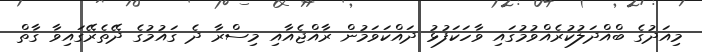
މިއަދުގެ ބްއްދަލުކުރެއްވުމުގައި ވާހަކަފުޅު ދައްކަވަމުން ރާއްޖެއާއި މިސްރާ ދެ ގައުމުގެ ދޭތެރޭގައިވާ ގާތް